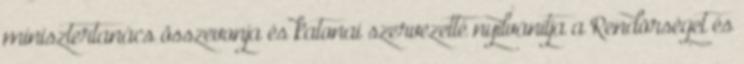
minisztertanács összevonja és katonai szervezetté nyilvánítja a Rendõrséget és